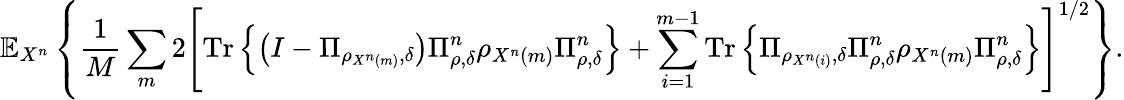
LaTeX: \mathbb{E}_{X^{n}}\left\{ {\frac{1}{M}}\sum_{m}2\left[{\mathrm{Tr}}\left\{ \left(I-\Pi_{\rho_{X^{n}\left(m\right)},\delta}\right)\Pi_{\rho,\delta}^{n}\rho_{X^{n}\left(m\right)}\Pi_{\rho,\delta}^{n}\right\} +\sum_{i=1}^{m-1}{\mathrm{Tr}}\left\{ \Pi_{\rho_{X^{n}\left(i\right)},\delta}\Pi_{\rho,\delta}^{n}\rho_{X^{n}\left(m\right)}\Pi_{\rho,\delta}^{n}\right\} \right]^{1/2}\right\} .